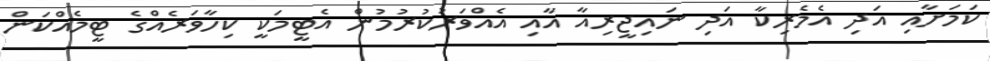
ކަމަށާއި އަދި އެމެރިކާ އަދި ނައިޖީރިއާ އާއި އެއްވަރުކުރުމުން އެޓީމަކީ ކިހާވަރެއްގެ ޓީމެއްކަން